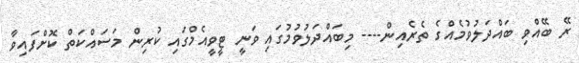
ރޭ ބޭއްވި ބައްދަލުވުމެއްގެ ތެރެއިން---- މިބައްދަލުވުމުގައި ވަނީ ޓީވީއެމްގައި ކުރިން މަސައްކަތް ކޮށްފައިވާ